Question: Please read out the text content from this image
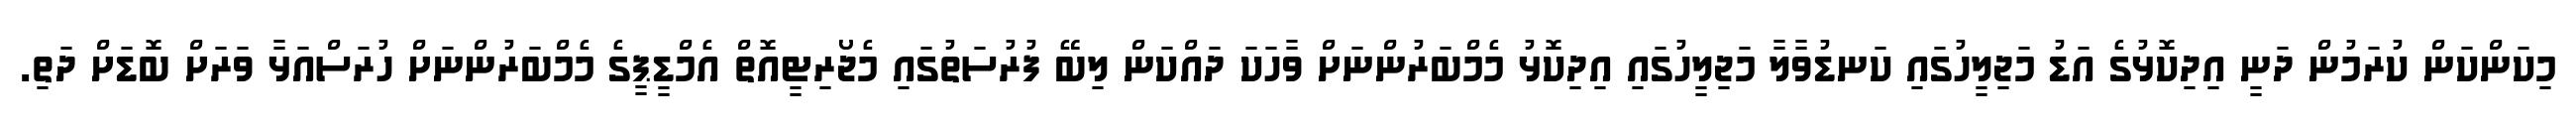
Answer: މިކަންކަން ކުރަމުން ދަނީ އިދިކޮޅުގެ އަޑު މަޖިލީހުގައި ކަނޑުވާލާ މަޖިލީހުގައި އިދިކޮޅު މެމްބަރުންނަށް ވާހަކަ ދައްކަން ލިބޭ ފުރުސަތުގައި މެޖޯރިޓީއޮތް އެމްޑީޕީގެ މެމްބަރުންނަށް ހުރަސްއަޅާ ވަރަށް ބޮޑަށް ދަތި.